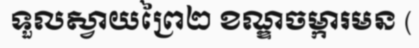
ទួលស្វាយព្រៃ២ ខណ្ឌចម្ការមន (